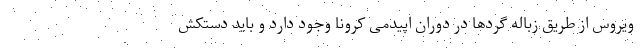
ویروس از طریق زباله گردها در دوران اپیدمی کرونا وجود دارد و باید دستکش